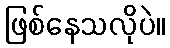
ဖြစ်နေသလိုပဲ။